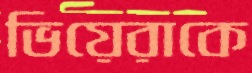
ভিয়েরাকে